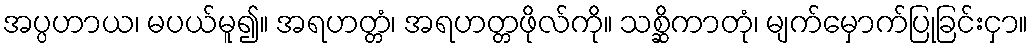
အပ္ပဟာယ၊ မပယ်မူ၍။ အရဟတ္တံ၊ အရဟတ္တဖိုလ်ကို။ သစ္ဆိကာတုံ၊ မျက်မှောက်ပြုခြင်းငှာ။